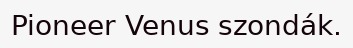
Pioneer Venus szondák.